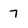
Character: 7